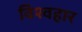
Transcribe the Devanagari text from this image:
विश्वहार